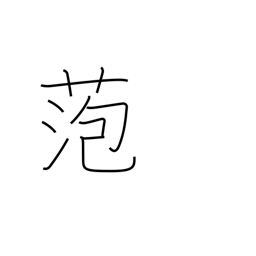
Meaning: bog